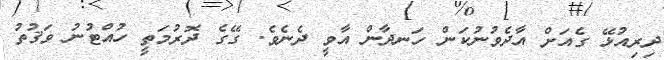
ދިރިއުޅޭ ގެއަށް އާދެވުނުކަން ހަނދާން އާވީ ދެނެވެ. ގޭގެ ދޮރުމަތީ ހުއްޓުނު ވަޤުތު